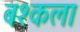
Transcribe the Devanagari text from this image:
बश्कला